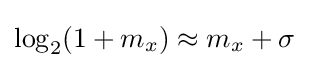
\log _{2}(1+m_{x})\approx m_{x}+\sigma